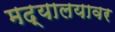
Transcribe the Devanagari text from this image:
मद्यालयावर